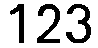
123